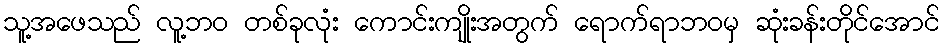
သူ့အဖေသည် လူ့ဘဝ တစ်ခုလုံး ကောင်းကျိုးအတွက် ရောက်ရာဘဝမှ ဆုံးခန်းတိုင်အောင်